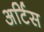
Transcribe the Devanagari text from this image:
अर्टिस